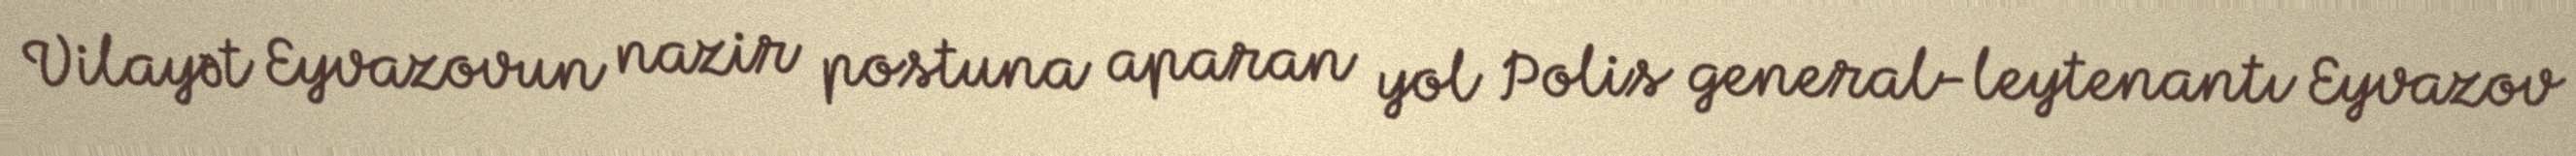
Vilayət Eyvazovun nazir postuna aparan yol Polis general-leytenantı Eyvazov